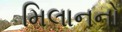
મિલાનનો